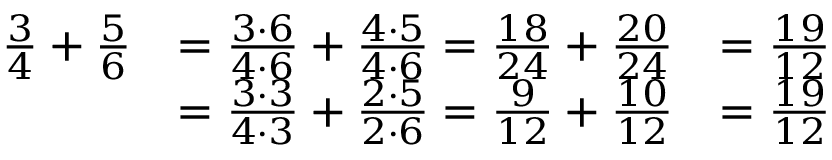
{ \begin{array} { r l r } { { \frac { 3 } { 4 } } + { \frac { 5 } { 6 } } } & { = { \frac { 3 \cdot 6 } { 4 \cdot 6 } } + { \frac { 4 \cdot 5 } { 4 \cdot 6 } } = { \frac { 1 8 } { 2 4 } } + { \frac { 2 0 } { 2 4 } } } & { = { \frac { 1 9 } { 1 2 } } } \\ & { = { \frac { 3 \cdot 3 } { 4 \cdot 3 } } + { \frac { 2 \cdot 5 } { 2 \cdot 6 } } = { \frac { 9 } { 1 2 } } + { \frac { 1 0 } { 1 2 } } } & { = { \frac { 1 9 } { 1 2 } } } \end{array} }